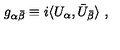
g _ { \alpha \bar { \beta } } \equiv i \langle U _ { \alpha } , \bar { U } _ { \bar { \beta } } \rangle \ ,